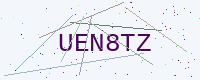
Text: UEN8TZ